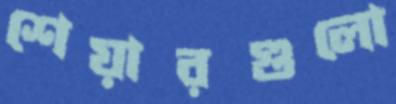
শেয়ারগুলো